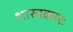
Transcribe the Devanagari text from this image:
शास्त्रकारः